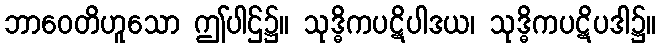
ဘာဝေတိဟူသော ဤပါဌ်၌။ သုဒ္ဓိကပဋိပါဒယ၊ သုဒ္ဓိကပဋိပဒါ၌။